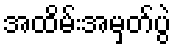
အထိမ်းအမှတ်ပွဲ